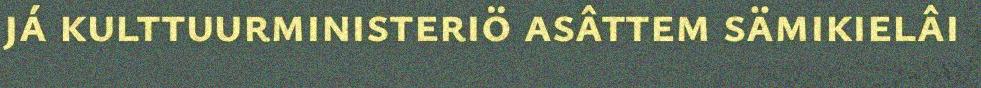
já kulttuurministeriö asâttem sämikielâi